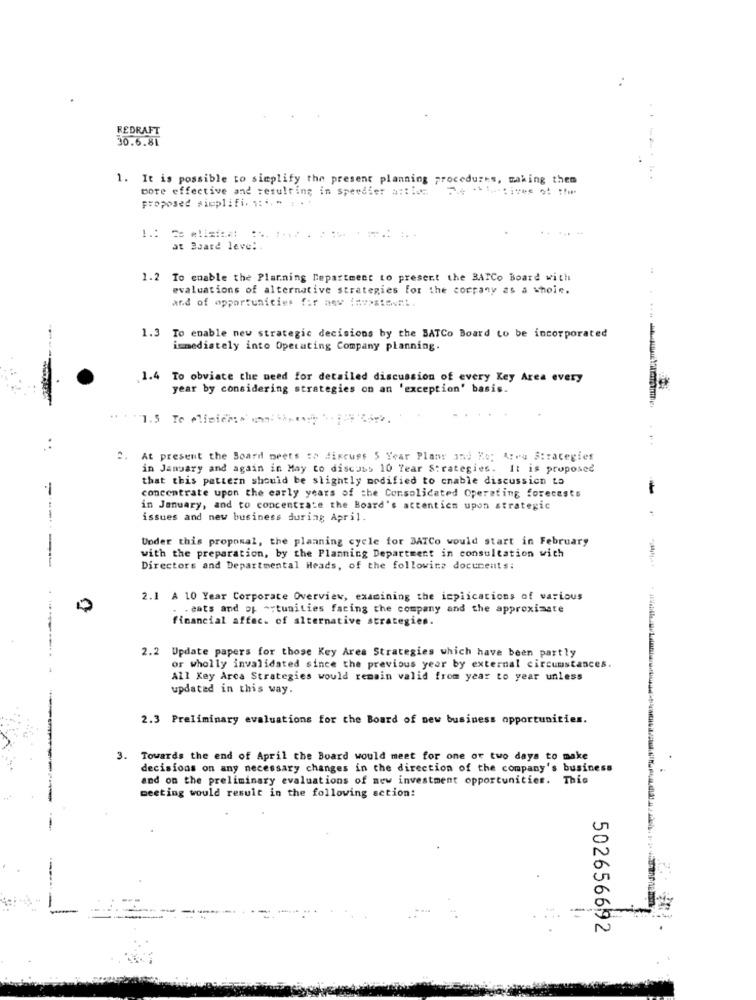
REDRAFT
30.6.81
1. It is possible to simplify the present planning procedures, making them
.---
Bore effective and resulting in speedier a :: 1 74 ****** ! !!
proposed simplifi. 1:4. " : +1
at Board level .
1.2 To enable the Planning Department to present the BATCo Board with
evaluations of alternative strategies for the cocpany as a whole.
and of opportunities fir anv 1=>>stmuni.
1.3 To enable new strategic decisions by the BATCo Board to be incorporated
immediately into Operating Company planning.
1.4 To obviate the need for detailed discussion of every Key Area every
year by considering strategies on an 'exception' basis.
3. At present the Board peets to discuss 5 Year Plans and Kop A:wu Strategies
in January and again in May to discuss 10 Tear Strategies. It is proposed
that this pattern should be slightly modified to cnable discussion to
concentrate upon the early years of the Consolidated Operating forecasts
-
in January, and to concentrate the Board's attentics upon strategic
issues and new business during April.
Under this proposal, the planning cycle for DATCo would start in February
with the preparation, by the Planning Department in consultation wich
Directors and Departmental Heads, of the following documents:
2.1 A 10 Year Corporate Overview, examining the implications of various
. . cats and op ^-tunities facing the company and the approximate
financial affac. of alternative strategies.
2.2 Update papers for those Key Area Strategies which have been partly
or wholly invalidated since the previous year by external circumstances.
All Key Arca Strategies would remain valid from year to year unless
updated in this way.
2.3 Preliminary evaluations for the Board of new business opportunities.
- - --
3. Towards the end of April the Board would meet for one or two days to make
decisions on any necessary changes in the direction of the company's business
and on the preliminary evaluations of new investment opportunities. This
meeting would result in the following setion:
5026566 92